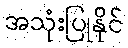
အသုံးပြုနိုင်